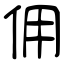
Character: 佣